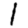
Digit: 1